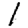
Digit: 1